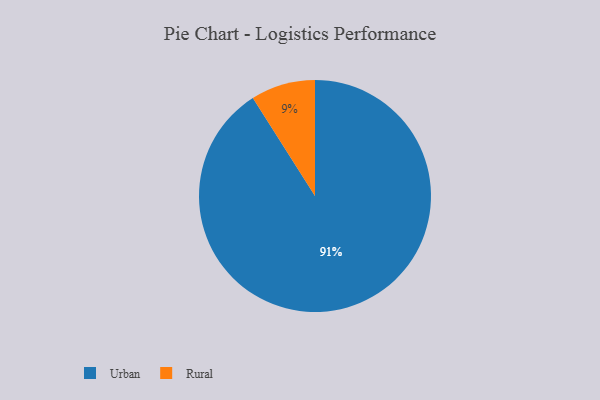
{"axis": {"x": "Category", "y": "Percentage"}, "legend": ["Rural", "Urban"], "data": [{"x": "Rural", "y": 9, "type": "Rural"}, {"x": "Urban", "y": 91, "type": "Urban"}]}